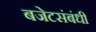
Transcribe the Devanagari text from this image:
बजेटसंबंधी